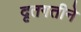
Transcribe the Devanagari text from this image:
दृतगतीने